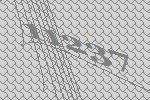
11237